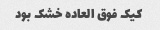
کیک فوق العاده خشک بود